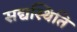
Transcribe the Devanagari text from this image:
सद्यस्थिति